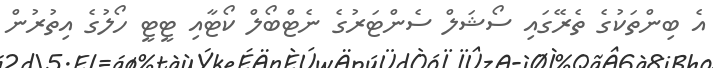
އެ ބިންތަކުގެ ތެރޭގައި ސޯޝަލް ސެންޓަރުގެ ނެޓްބޯލް ކޯޓާއި ޓީޓީ ހޯލުގެ އިތުރުން